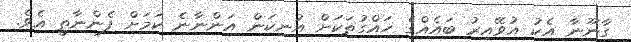
ގާނޫނާ އެކު އުވޭއިރު ބައެއްގެ ހައްގުތަކަށް އުނިކަން އަންނާނެ ކަމަށް ފެންނާތީ އެވެ.